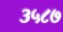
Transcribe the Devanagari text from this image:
३५८७